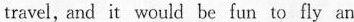
travel, and it would be fun to fly an